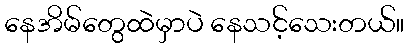
နေအိမ်တွေထဲမှာပဲ နေသင့်သေးတယ်။